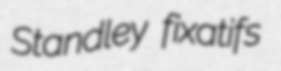
Standley fixatifs